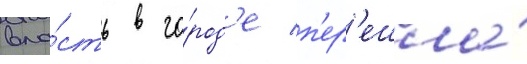
вла́сть в го́род'е п'ер'ешла́